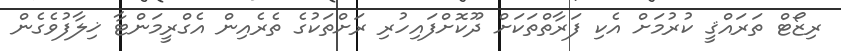
ރިޒޯޓް ތަރައްޤީ ކުރުމަށް އެކި ފަރާތްތަކަށް ދޫކޮށްފައިހުރި ރަށްތަކުގެ ތެރެއިން އެގްރީމަންޓާ ޚިލާފުވެގެން